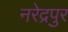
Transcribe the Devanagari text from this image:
नरेद्रपुर